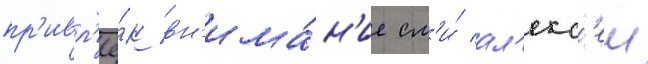
пр'ивл'ё́к вн'има́н'ие см'и́ ал'екс'еи